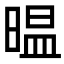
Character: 㬈